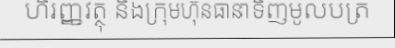
ហិរញ្ញវត្ថុ និងក្រុមហ៊ុនធានាទិញមូលបត្រ